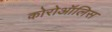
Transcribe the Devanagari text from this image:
कोरोऑलिस